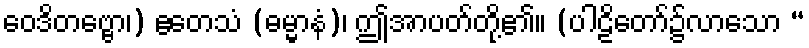
ဝေဒိတဗ္ဗော၊) ဧတေသံ (ဓမ္မာနံ)၊ ဤအာပတ်တို့၏။ (ပါဠိတော်၌လာသော “